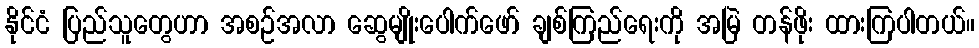
နိုင်ငံ ပြည်သူတွေဟာ အစဉ်အလာ ဆွေမျိုးပေါက်ဖော် ချစ်ကြည်ရေးကို အမြဲ တန်ဖိုး ထားကြပါတယ်။